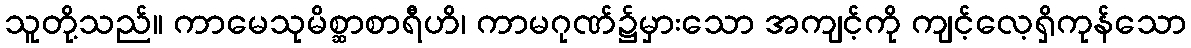
သူတို့သည်။ ကာမေသုမိစ္ဆာစာရီဟိ၊ ကာမဂုဏ်၌မှားသော အကျင့်ကို ကျင့်လေ့ရှိကုန်သော